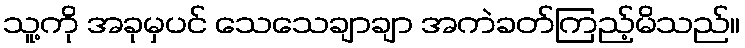
သူ့ကို အခုမှပင် သေသေချာချာ အကဲခတ်ကြည့်မိသည်။